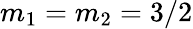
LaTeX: m_{1}=m_{2}=3/2